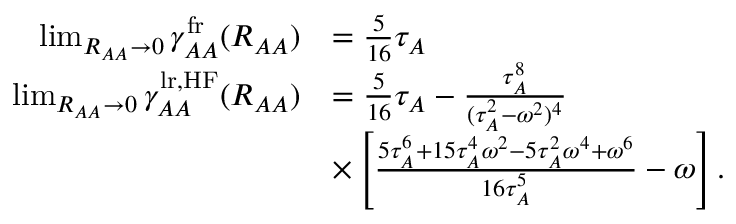
\begin{array} { r l } { \operatorname* { l i m } _ { R _ { A A } \to 0 } \gamma _ { A A } ^ { \mathrm { f r } } ( R _ { A A } ) } & { = \frac { 5 } { 1 6 } \tau _ { A } } \\ { \operatorname* { l i m } _ { R _ { A A } \to 0 } \gamma _ { A A } ^ { \mathrm { l r , H F } } ( R _ { A A } ) } & { = \frac { 5 } { 1 6 } \tau _ { A } - \frac { \tau _ { A } ^ { 8 } } { ( \tau _ { A } ^ { 2 } - \omega ^ { 2 } ) ^ { 4 } } } \\ & { \times \left[ \frac { 5 \tau _ { A } ^ { 6 } + 1 5 \tau _ { A } ^ { 4 } \omega ^ { 2 } - 5 \tau _ { A } ^ { 2 } \omega ^ { 4 } + \omega ^ { 6 } } { 1 6 \tau _ { A } ^ { 5 } } - \omega \right] . } \end{array}